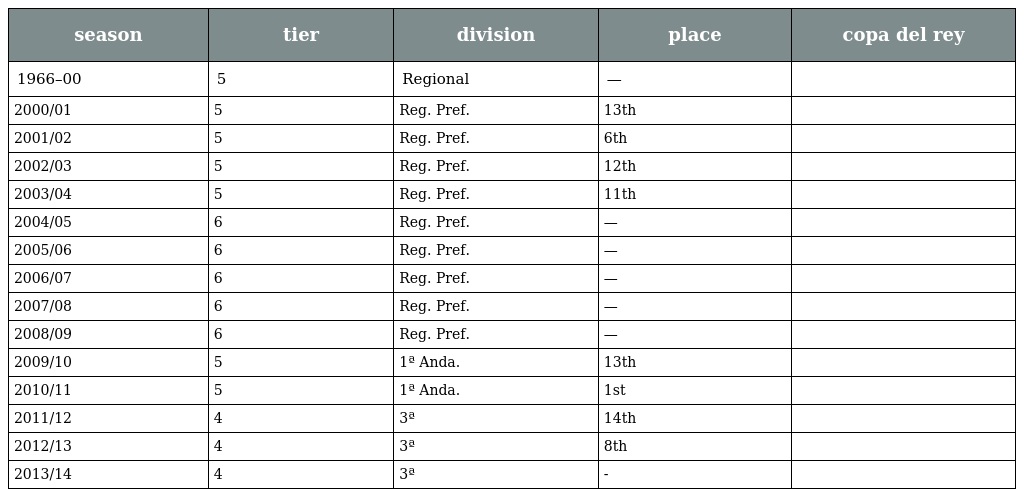
| season | tier | division | place | copa del rey |
 | --- | --- | --- | --- | --- |
 | 1966–00 | 5 | Regional | — |  |
 | 2000/01 | 5 | Reg. Pref. | 13th |  |
 | 2001/02 | 5 | Reg. Pref. | 6th |  |
 | 2002/03 | 5 | Reg. Pref. | 12th |  |
 | 2003/04 | 5 | Reg. Pref. | 11th |  |
 | 2004/05 | 6 | Reg. Pref. | — |  |
 | 2005/06 | 6 | Reg. Pref. | — |  |
 | 2006/07 | 6 | Reg. Pref. | — |  |
 | 2007/08 | 6 | Reg. Pref. | — |  |
 | 2008/09 | 6 | Reg. Pref. | — |  |
 | 2009/10 | 5 | 1ª Anda. | 13th |  |
 | 2010/11 | 5 | 1ª Anda. | 1st |  |
 | 2011/12 | 4 | 3ª | 14th |  |
 | 2012/13 | 4 | 3ª | 8th |  |
 | 2013/14 | 4 | 3ª | - |  |